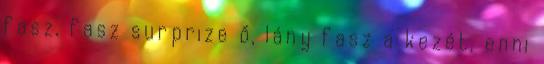
fasz, fasz surprize ő, lány fasz a kezét, enni